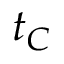
t _ { C }